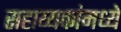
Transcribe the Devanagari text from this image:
सहाय्यकांमध्ये